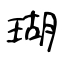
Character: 瑚